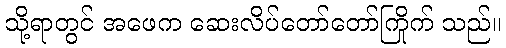
သို့ရာတွင် အဖေက ဆေးလိပ်တော်တော်ကြိုက် သည်။